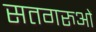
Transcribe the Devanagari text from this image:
सतगरुओं